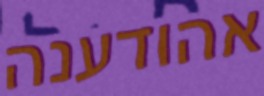
אהודענה